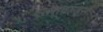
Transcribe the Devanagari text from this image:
एल्सवर्ल्ड्सः